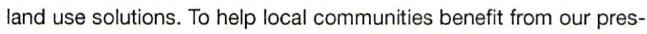
land use solutions. To help local communities benefit from our pres-